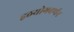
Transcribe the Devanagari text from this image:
हठयोगवर्णन